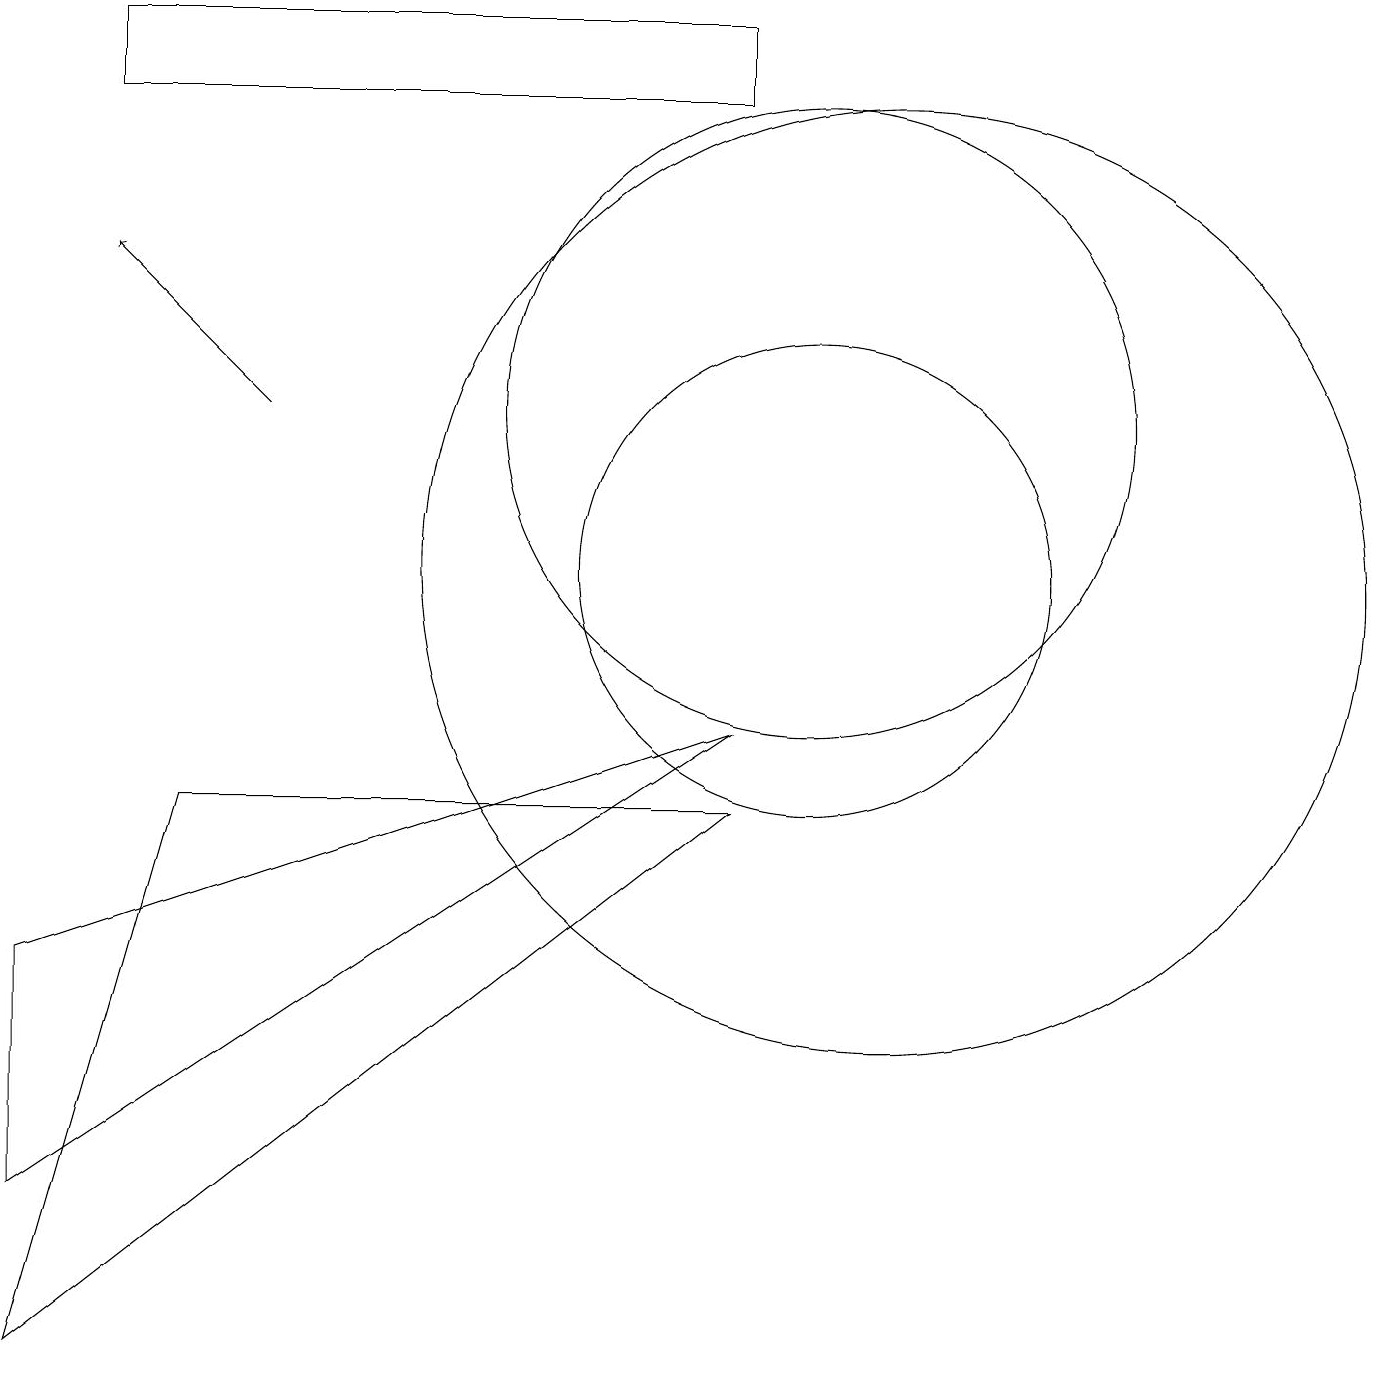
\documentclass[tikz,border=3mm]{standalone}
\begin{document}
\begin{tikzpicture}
\draw (9,17) rectangle (1,16);
\draw[->] (3,12) -- (1,14);
\draw (9,7) -- (2,7) -- (0,0) -- cycle;
\draw (0,2) -- (0,5) -- (9,8) -- cycle;
\draw (10,10) circle (3);
\draw (10,12) circle (4);
\draw (11,10) circle (6);
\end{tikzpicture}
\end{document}